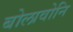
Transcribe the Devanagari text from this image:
बोलावोनि